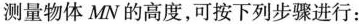
测量物体MN的高度，可按下列步骤进行：